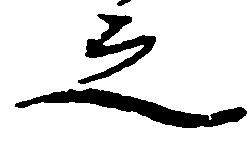
之